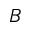
B